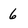
Character: 6